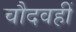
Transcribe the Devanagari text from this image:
चौदवहीं